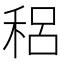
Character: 稆